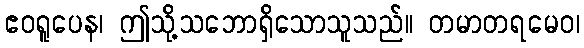
ဧဝရူပေန၊ ဤသို့သဘောရှိသောသူသည်။ တမာတရမေဝ၊